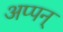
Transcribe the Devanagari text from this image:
अप्पन्